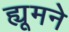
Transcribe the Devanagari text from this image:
ह्यूमने